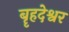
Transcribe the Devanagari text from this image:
बॄहदेश्वर